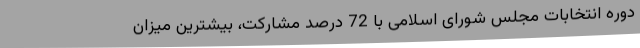
دوره انتخابات مجلس شورای اسلامی با 72 درصد مشارکت، بیشترین میزان